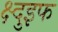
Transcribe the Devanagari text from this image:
क्ष्दुइफ